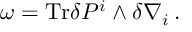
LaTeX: \omega = \mathrm { T r } \delta P ^ { i } \wedge \delta \nabla _ { i } \, .